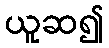
ယူဆ၍